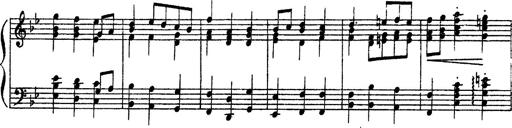
Title: Sarabande und Chaconne aus dem Singspiel
Composer: Franz Liszt